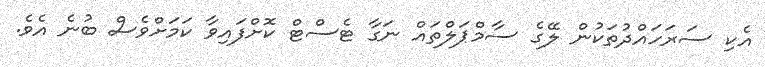
އެކި ސަރަހައްދުތަކުން ލޭގެ ސާމްޕަލްތައް ނަގާ ޓެސްޓް ކޮށްފައިވާ ކަމަށްވެސް ބުނެ އެވެ.